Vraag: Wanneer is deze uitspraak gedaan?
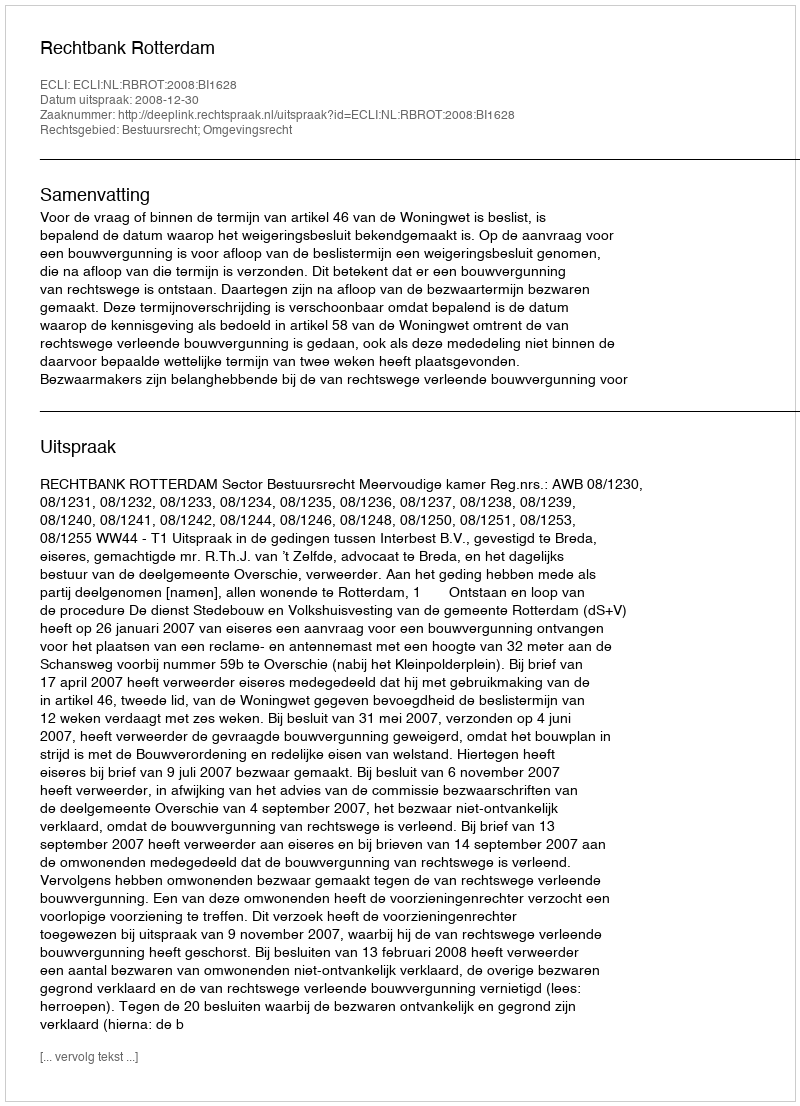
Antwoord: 2008-12-30